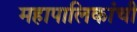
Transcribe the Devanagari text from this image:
महापालिकांची